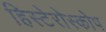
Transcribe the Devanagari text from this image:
हिस्टेरोस्कोप